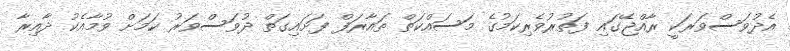
އެދުވަސްވަރަކީ ރާއްޖޭގައި ފަތުރުވެރިކަމުގެ މަސައްކަތް ތައާރަފް ފަށައިގަތް ދުވަސްވަރު ކަމަށް ވުމާއެކު ދާއިރާ